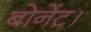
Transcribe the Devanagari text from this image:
बोनेंट।